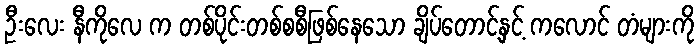
ဦးလေး နီကိုလေ က တစ်ပိုင်းတစ်စစီဖြစ်နေသော ချိပ်တောင့်နှင့် ကလောင် တံများကို